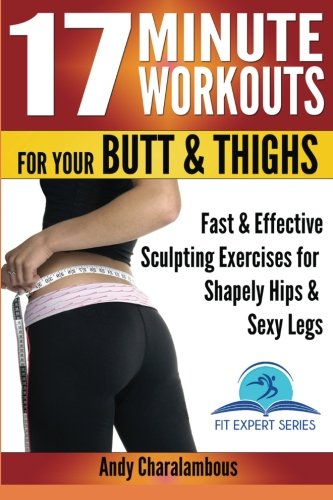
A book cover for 17 Minute Workouts For Your Butt & Thighs: Fast & Effective Sculpting Exercises for Shapely Hip & Sexy Legs (Fit Expert Series); Andy Charalambous; Health, Fitness & Dieting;